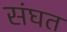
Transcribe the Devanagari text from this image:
संघत